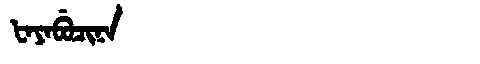
Manchu: ᡶᠠᠶᠠᠪᡠᠴᡳᠨᠠ
Romanization: FAYABUCINA